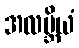
အလဗ္ဘိယံ